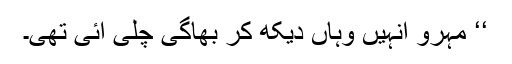
‘‘ مہرو انہیں وہاں دیکھ کر بھاگی چلی آئی تھی۔